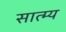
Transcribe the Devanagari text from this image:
सात्म्य